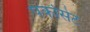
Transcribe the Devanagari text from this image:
पर्कोसेट